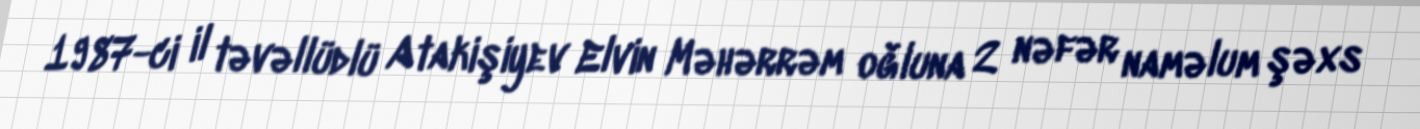
1987-ci il təvəllüdlü Atakişiyev Elvin Məhərrəm oğluna 2 nəfər naməlum şəxs